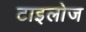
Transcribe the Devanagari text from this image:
टाइलोज